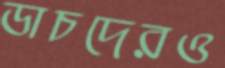
ডাচদেরও